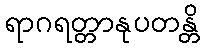
ရာဂရတ္တာနုပတန္တိ